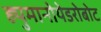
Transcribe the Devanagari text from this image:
ह्युमानोयेडरोबोट